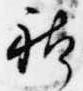
躰